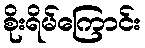
စိုးရိမ်ကြောင်း